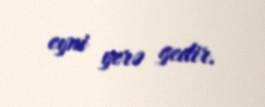
eyni yerə gedir.